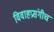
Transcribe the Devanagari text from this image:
विवाहप्रसंगीच